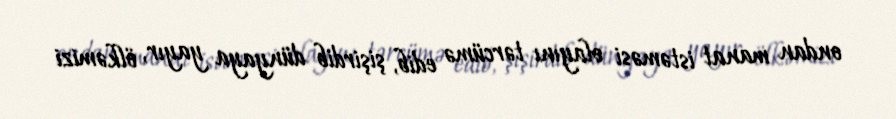
ondan manat istəməsi olayını tərcümə edib, şişirdib dünyaya yayır, ölkəmizi